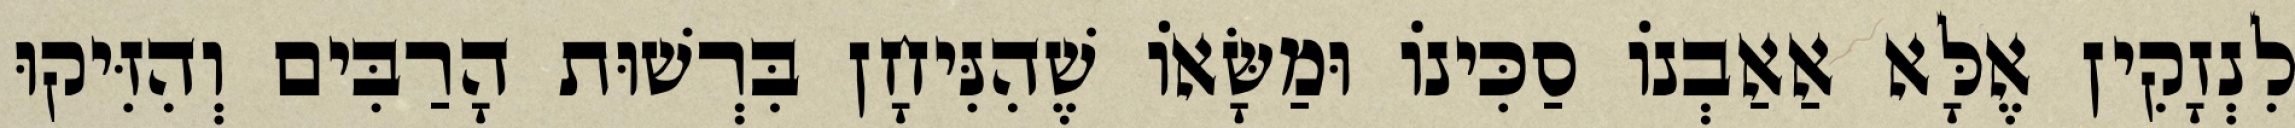
לִנְזָקִין אֶלָּא אַאַבְנוֹ סַכִּינוֹ וּמַשָּׂאוֹ שֶׁהִנִּיחָן בִּרְשׁוּת הָרַבִּים וְהִזִּיקוּ